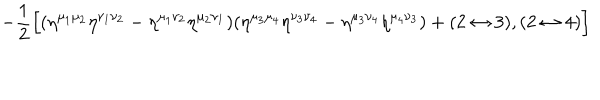
- { \frac { 1 } { 2 } } \Bigl [ ( \eta ^ { \mu _ { 1 } \mu _ { 2 } } \eta ^ { \nu _ { 1 } \nu _ { 2 } } - \eta ^ { \mu _ { 1 } \nu _ { 2 } } \eta ^ { \mu _ { 2 } \nu _ { 1 } } ) ( \eta ^ { \mu _ { 3 } \mu _ { 4 } } \eta ^ { \nu _ { 3 } \nu _ { 4 } } - \eta ^ { \mu _ { 3 } \nu _ { 4 } } \eta ^ { \mu _ { 4 } \nu _ { 3 } } ) + ( 2 \leftrightarrow 3 ) , ( 2 \leftrightarrow 4 ) \Bigr ] \nonumber